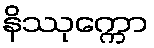
နိဿုက္ကော